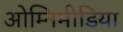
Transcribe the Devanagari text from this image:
ओम्‍निमीडिया